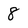
Character: 8